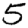
Digit: 5